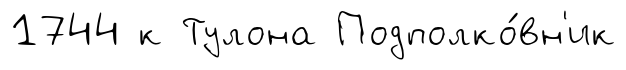
1744 к Тулона Подполко́вн'ик